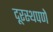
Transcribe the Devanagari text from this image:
दूरस्थपणे